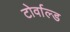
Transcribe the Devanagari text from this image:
टोर्वाल्ड